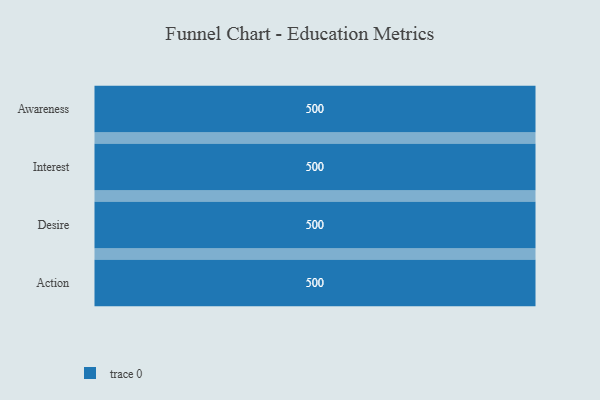
{"axis": {"x": "Stage", "y": "Value"}, "legend": [""], "data": [{"x": "Awareness", "y": 500, "type": ""}, {"x": "Interest", "y": 500, "type": ""}, {"x": "Desire", "y": 500, "type": ""}, {"x": "Action", "y": 500, "type": ""}]}